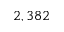
2 , 3 8 2